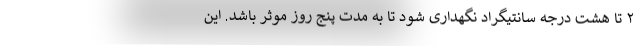
۲ تا هشت درجه سانتیگراد نگهداری شود تا به مدت پنج روز موثر باشد. این